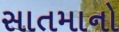
સાતમાનો